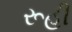
રૂહી